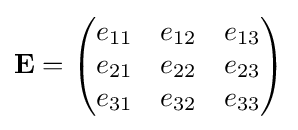
\mathbf {E} ={\begin{pmatrix}e_{11}&e_{12}&e_{13}\\e_{21}&e_{22}&e_{23}\\e_{31}&e_{32}&e_{33}\end{pmatrix}}